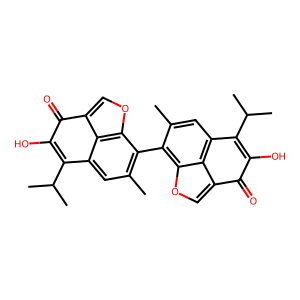
SMILES: Cc1cc2c3c(coc3c1-c1c(C)cc3c4c(coc14)C(=O)C(O)=C3C(C)C)C(=O)C(O)=C2C(C)C
Inhibits HIV replication: No